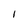
Character: I